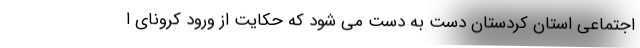
اجتماعی استان کردستان دست به دست می شود که حکایت از ورود کرونای ا